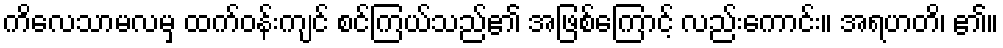
ကိလေသာမလမှ ထက်ဝန်းကျင် စင်ကြယ်သည်၏ အဖြစ်ကြောင့် လည်းကောင်း။ အရဟတိ၊ ၏။